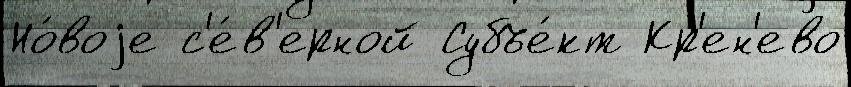
Но́воjе с'е́в'ерной Субъе́кт Кр'ен'ево